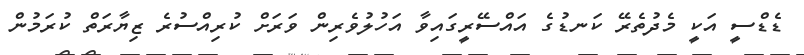
ޑެޑްސީ އަކީ މެދުތެރޭ ކަނޑުގެ އައްސޭރީގައިވާ އަހުލުވެރިން ވަރަށް ކުރިއްސުރެ ޒިޔާރަތް ކުރަމުން